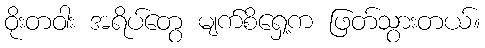
ဝိုးတဝါး အရိပ်တွေ မျက်စိရှေ့က ဖြတ်သွားတယ်။